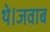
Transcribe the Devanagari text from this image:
थे।जवाब